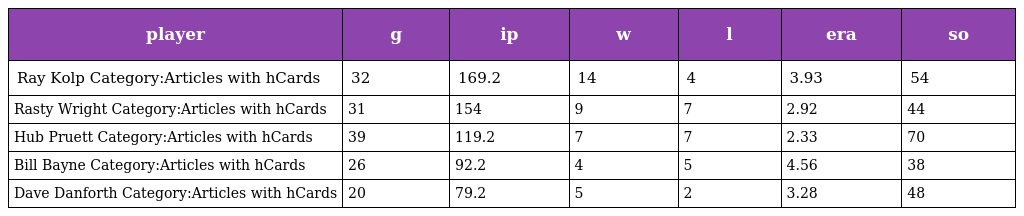
| player | g | ip | w | l | era | so |
 | --- | --- | --- | --- | --- | --- | --- |
 | Ray Kolp Category:Articles with hCards | 32 | 169.2 | 14 | 4 | 3.93 | 54 |
 | Rasty Wright Category:Articles with hCards | 31 | 154 | 9 | 7 | 2.92 | 44 |
 | Hub Pruett Category:Articles with hCards | 39 | 119.2 | 7 | 7 | 2.33 | 70 |
 | Bill Bayne Category:Articles with hCards | 26 | 92.2 | 4 | 5 | 4.56 | 38 |
 | Dave Danforth Category:Articles with hCards | 20 | 79.2 | 5 | 2 | 3.28 | 48 |